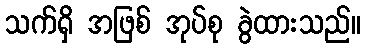
သက်ရှိ အဖြစ် အုပ်စု ခွဲထားသည်။